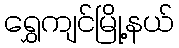
ရွှေကျင်မြို့နယ်